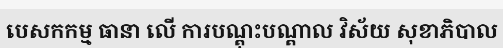
បេសកកម្ម ធានា លើ ការបណ្តុះបណ្តាល វិស័យ សុខាភិបាល